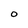
Character: O